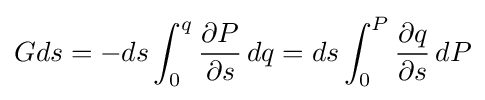
Gds=-ds\int _{0}^{q}{\frac {\partial P}{\partial s}}\,dq=ds\int _{0}^{P}{\frac {\partial q}{\partial s}}\,dP